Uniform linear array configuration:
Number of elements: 48
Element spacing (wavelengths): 0.25
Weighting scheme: exponential
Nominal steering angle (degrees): -45
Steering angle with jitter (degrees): -43.152
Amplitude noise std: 0.05
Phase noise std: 0.05

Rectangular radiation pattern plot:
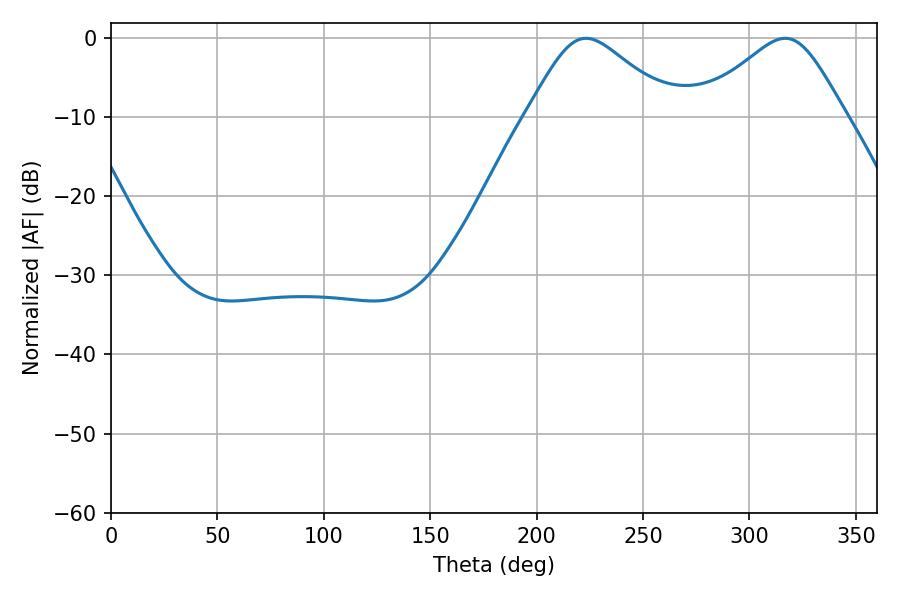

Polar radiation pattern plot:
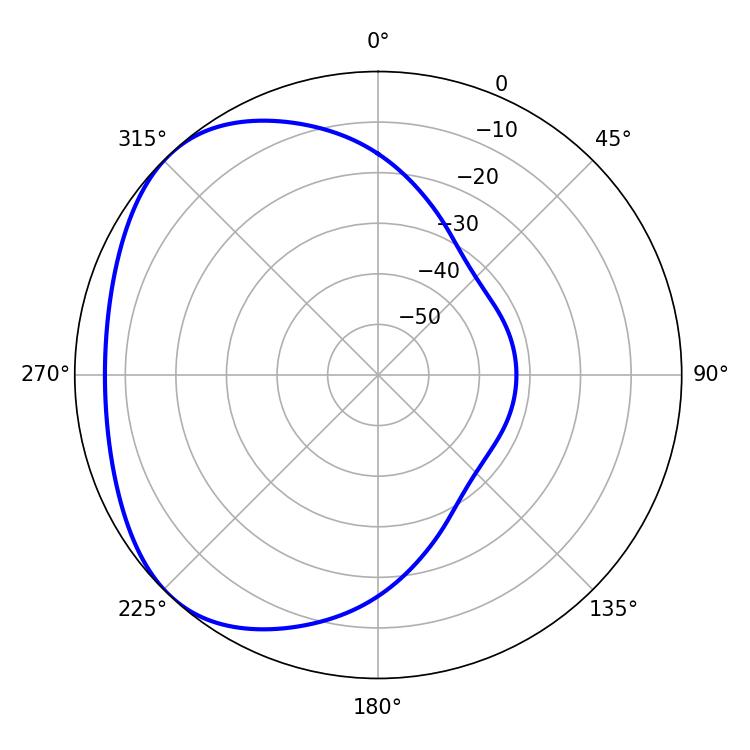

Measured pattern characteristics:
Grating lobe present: FALSE
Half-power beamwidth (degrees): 33.84
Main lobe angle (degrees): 223.2